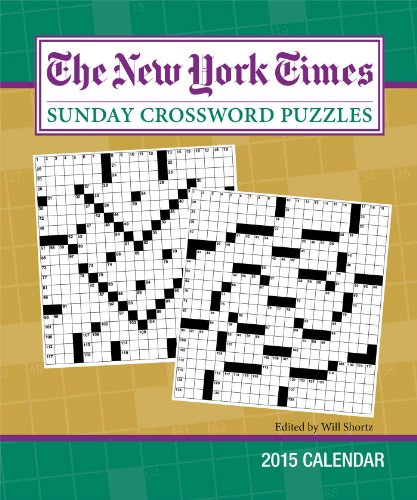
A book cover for The New York Times Sunday Crossword Puzzles 2015 Weekly Planner Calendar: Edited by Will Shortz; The New York Times; Calendars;